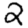
Digit: 2